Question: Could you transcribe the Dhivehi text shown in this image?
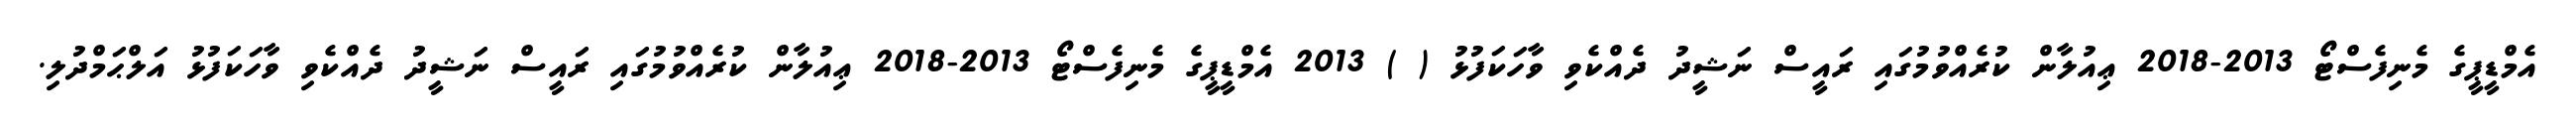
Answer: އެމްޑީޕީގެ މެނިފެސްޓޯ 2013-2018 ޢިއުލާން ކުރެއްވުމުގައި ރައީސް ނަޝީދު ދެއްކެވި ވާހަކަފުޅު ( ) 2013 އެމްޑީޕީގެ މެނިފެސްޓޯ 2013-2018 ޢިއުލާން ކުރެއްވުމުގައި ރައީސް ނަޝީދު ދެއްކެވި ވާހަކަފުޅު އަލްޙަމްދުލި.